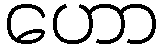
ဟော